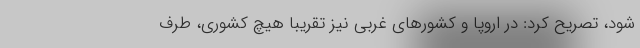
شود، تصریح کرد: در اروپا و کشورهای غربی نیز تقریبا هیچ کشوری، طرف